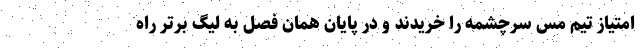
امتیاز تیم مس سرچشمه را خریدند و در پایان همان فصل به لیگ برتر راه